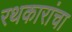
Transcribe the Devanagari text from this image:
रथकारांचा